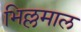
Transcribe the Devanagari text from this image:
भिल्लमाल